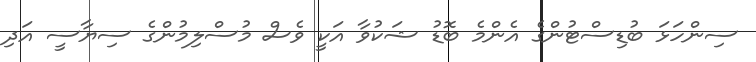
ސިންހަޅަ ބުޑިސްޓުންގެ އެންމެ ބޮޑު ޝަކުވާ އަކީ ވެސް މުސްލިމުންގެ ސިޔާސީ އަދި